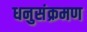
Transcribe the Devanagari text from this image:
धनुसंक्रमण